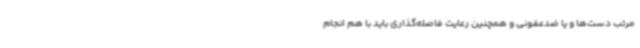
مرتب دست‌ها و یا ضدعفونی و همچنین رعایت فاصله‌گذاری باید با هم انجام